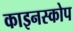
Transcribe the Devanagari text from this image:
काइनस्कोप